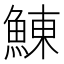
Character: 鯟